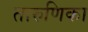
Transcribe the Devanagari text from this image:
तारुणिका